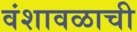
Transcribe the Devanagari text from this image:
वंशावळाची